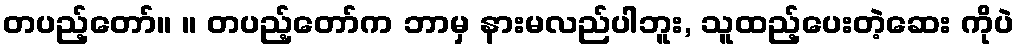
တပည့်တော်။ ။ တပည့်တော်က ဘာမှ နားမလည်ပါဘူး, သူထည့်ပေးတဲ့ဆေး ကိုပဲ